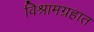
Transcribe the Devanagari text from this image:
विश्रामग्रहात